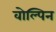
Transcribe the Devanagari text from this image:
वोल्पिन